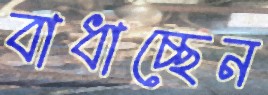
বাধাচ্ছেন